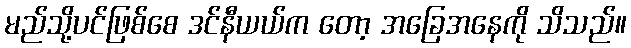
မည်သို့ပင်ဖြစ်စေ ဒင်နီယယ်က တော့ အခြေအနေကို သိသည်။